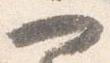
一